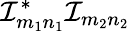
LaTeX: \mathcal{I}_{m_{1}n_{1}}^{*}\mathcal{I}_{m_{2}n_{2}}